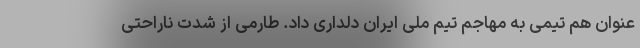
عنوان هم تیمی به مهاجم تیم ملی ایران دلداری داد. طارمی از شدت ناراحتی